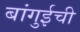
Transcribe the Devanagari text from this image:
बांगुईची